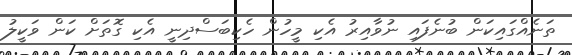
ތަނެއްގައިކަން ބުނެފައި ނުވާއިރު އެކި މީހުން ހެކިބަސްދިނީ އެކި ގޮތަށް ކަން ވަކީލު